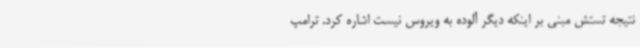
نتیجه تستش مبنی بر اینکه دیگر آلوده به ویروس نیست اشاره کرد. ترامپ